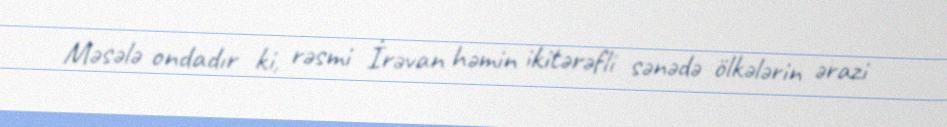
Məsələ ondadır ki, rəsmi İrəvan həmin ikitərəfli sənədə ölkələrin ərazi